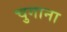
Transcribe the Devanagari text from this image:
चुगाना